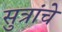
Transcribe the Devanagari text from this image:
सुत्रांचे